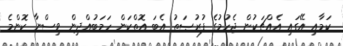
ކަމާއި އޭގައި އެއްޗަކުން ޖެހުމުގެ ފުރުޞަތު އެބަ އޮތްކަން ހަމަބުއްދިން ވިސްނާ ކޮންމެ